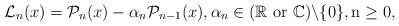
\begin{align*}\mathcal{L}_n(x)=\mathcal{P}_n(x)-\alpha_n\mathcal{P}_{n-1}(x), \alpha_n \in (\mathbb{R} ~ \rm{or} ~ \mathbb{C})\backslash \{ 0 \}, n\geq 0,\end{align*}